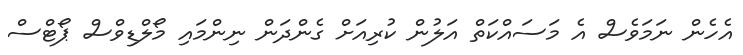
އެހެން ނަމަވެސް އެ މަސައްކަތް އަލުން ކުރިއަށް ގެންދަން ނިންމައި މޯލްޑިވްސް ޕޯޓްސް